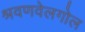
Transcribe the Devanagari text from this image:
श्रवणवेलगोल